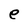
Character: e